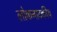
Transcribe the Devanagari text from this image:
लोकनाटकीय